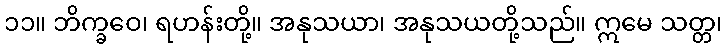
၁၁။ ဘိက္ခဝေ၊ ရဟန်းတို့။ အနုသယာ၊ အနုသယတို့သည်။ ဣမေ သတ္တ၊